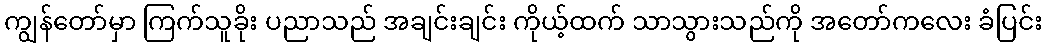
ကျွန်တော်မှာ ကြက်သူခိုး ပညာသည် အချင်းချင်း ကိုယ့်ထက် သာသွားသည်ကို အတော်ကလေး ခံပြင်း